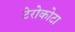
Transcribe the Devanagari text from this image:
टेरोकोटा